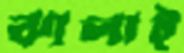
ঝালাই